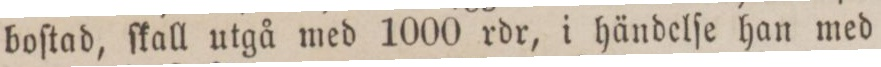
boſtad, ſkall utgå med 1000 rdr, i händelſe han med